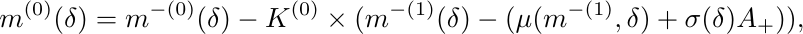
        \begin{equation*}
            m^{(0)}(\delta) = m^{-(0)}(\delta)-K^{(0)}\times(m^{-(1)}(\delta)-(\mu(m^{-(1)}, \delta)+\sigma(\delta)A_{+})),
        \end{equation*}